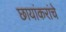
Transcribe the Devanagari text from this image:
छायांकरांचे